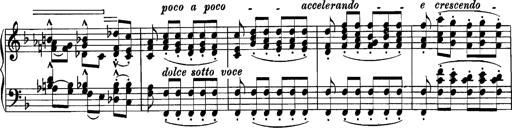
Title: Grandes Etudes
Composer: Franz Liszt